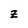
Character: z